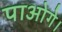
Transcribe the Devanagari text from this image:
पाओगे।